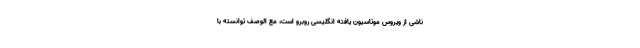
ناشی از ویروس موتاسیون یافته انگلیسی روبرو است، مع الوصف توانسته با